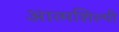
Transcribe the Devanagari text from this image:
आत्‍मशिल्‍पी